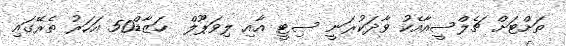
ތަށްޓަށް ޗެލްސީއާއެކު ވާދަކުރަނީ ސިޓީ އާއި ލިވަޕޫލް  ހަޒާޑް50 އަހަރު ތެރޭގައި